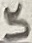
Text: 5